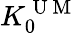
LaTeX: K_{0}^{\mathrm{~U~M~}}